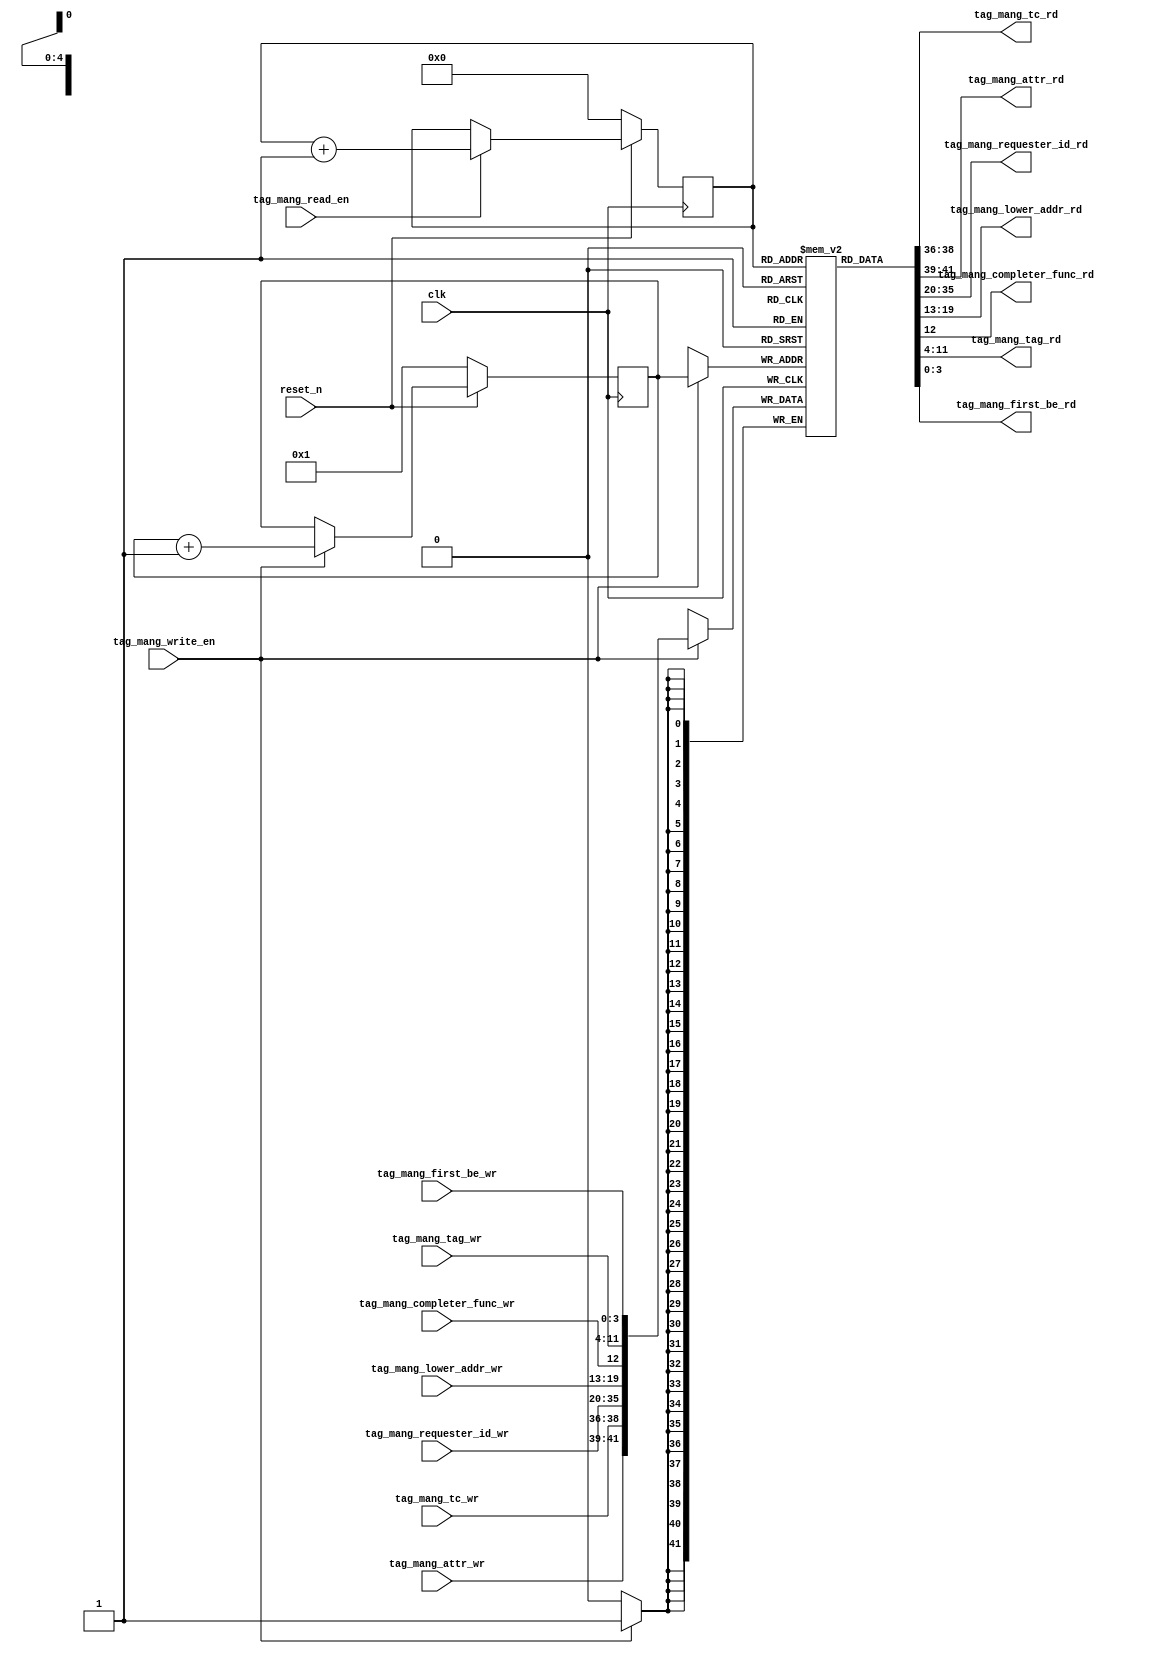
module tag_manager # (
  parameter TCQ           = 1,
  parameter RAM_ADDR_BITS = 5
)(
  input                     clk,
  input                     reset_n,
  
  input                     tag_mang_write_en,
  
  input [2:0]               tag_mang_tc_wr,             //[15:0]
  input [2:0]               tag_mang_attr_wr,           //[15:0]
  input [15:0]              tag_mang_requester_id_wr,   //[15:0]
  input [6:0]               tag_mang_lower_addr_wr,     //[6:0]
  input                     tag_mang_completer_func_wr, //[0:0]
  input [7:0]               tag_mang_tag_wr,            //[7:0]
  input [3:0]               tag_mang_first_be_wr,       //[2:0]
     
  input                     tag_mang_read_en,         
       
  output [2:0]              tag_mang_tc_rd,   //[15:0]
  output [2:0]              tag_mang_attr_rd,   //[15:0]
  output [15:0]             tag_mang_requester_id_rd,   //[15:0]
  output [6:0]              tag_mang_lower_addr_rd,     //[6:0]
  output                    tag_mang_completer_func_rd, //[0:0]
  output [7:0]              tag_mang_tag_rd,            //[7:0]
  output [3:0]              tag_mang_first_be_rd      //[2:0]
    );

    
  reg [RAM_ADDR_BITS-1:0] tag_mang_write_id;      
  reg [RAM_ADDR_BITS-1:0] tag_mang_read_id;        

  always @( posedge clk )
    if  ( !reset_n ) 
      tag_mang_write_id <= #TCQ 1;
    else if ( tag_mang_write_en ) 
      tag_mang_write_id <= #TCQ tag_mang_write_id + 1;   
      
  always @( posedge clk )
    if  ( !reset_n ) 
      tag_mang_read_id <= #TCQ 0;
    else if ( tag_mang_read_en ) 
      tag_mang_read_id <= #TCQ tag_mang_read_id + 1;
            
            
   localparam RAM_WIDTH = 42;

   (* RAM_STYLE="distributed" *)
   reg [RAM_WIDTH-1:0] tag_storage [(2**RAM_ADDR_BITS)-1:0];

   wire [RAM_WIDTH-1:0] completion_data;

   always @(posedge clk)
      if (tag_mang_write_en)
         tag_storage[tag_mang_write_id] <= #TCQ { tag_mang_attr_wr, tag_mang_tc_wr, tag_mang_requester_id_wr, tag_mang_lower_addr_wr, tag_mang_completer_func_wr, tag_mang_tag_wr, tag_mang_first_be_wr};

   assign completion_data = tag_storage[tag_mang_read_id];
   
   assign tag_mang_attr_rd           = completion_data[41:39];
   assign tag_mang_tc_rd             = completion_data[38:36];
   assign tag_mang_requester_id_rd   = completion_data[35:20];     //[15:0]
   assign tag_mang_lower_addr_rd     = completion_data[19:13];     //[6:0]
   assign tag_mang_completer_func_rd = completion_data[12];        //[0:0]
   assign tag_mang_tag_rd            = completion_data[11:4];      //[7:0]
   assign tag_mang_first_be_rd       = completion_data[3:0];       //[2:0]        



    
endmodule